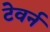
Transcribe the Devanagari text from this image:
टेवर्न